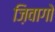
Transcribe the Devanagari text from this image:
ज़िवागो